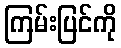
ကြမ်းပြင်ကို